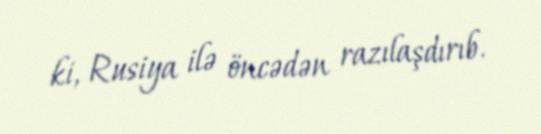
ki, Rusiya ilə öncədən razılaşdırıb.